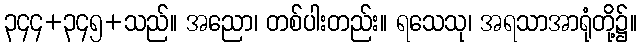
၃၄၄+၃၄၅+သည်။ အညော၊ တစ်ပါးတည်း။ ရသေသု၊ အရသာအာရုံတို့၌။